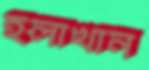
ইলাখান